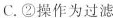
C.②操作为过滤